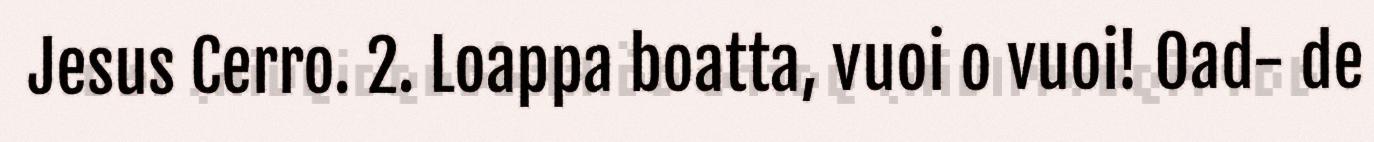
Jesus Cerro. 2. Loappa boatta, vuoi o vuoi! Oad- de